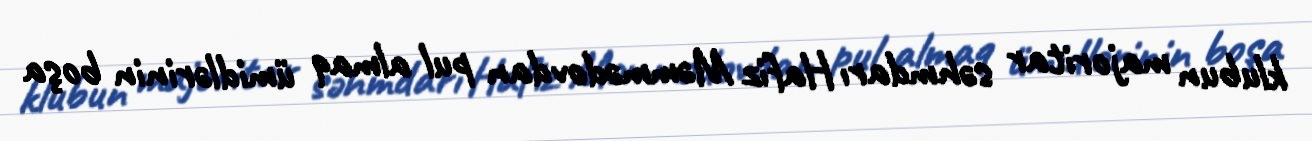
klubun majoritar səhmdarı Hafiz Məmmədovdan pul almaq ümidlərinin boşa